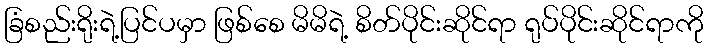
ခြံစည်းရိုးရဲ့ပြင်ပမှာ ဖြစ်စေ မိမိရဲ့ စိတ်ပိုင်းဆိုင်ရာ ရုပ်ပိုင်းဆိုင်ရာကို